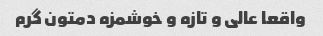
واقعا عالی و تازه و خوشمزه دمتون گرم